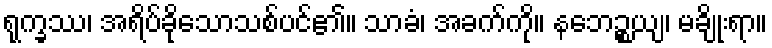
ရုက္ခဿ၊ အရိပ်ခိုသောသစ်ပင်၏။ သာခံ၊ အခက်ကို။ နဘေဉ္စယျ၊ မချိုးရာ။